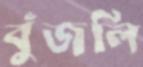
বুঁজলি